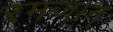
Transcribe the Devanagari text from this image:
रमजान्